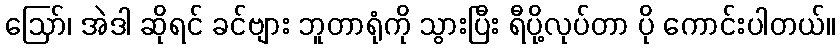
ဪ၊ အဲဒါ ဆိုရင် ခင်ဗျား ဘူတာရုံကို သွားပြီး ရီပို့လုပ်တာ ပို ကောင်းပါတယ်။